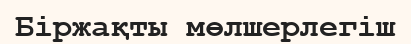
Біржақты мөлшерлегіш